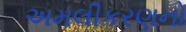
અમલીકરણનો